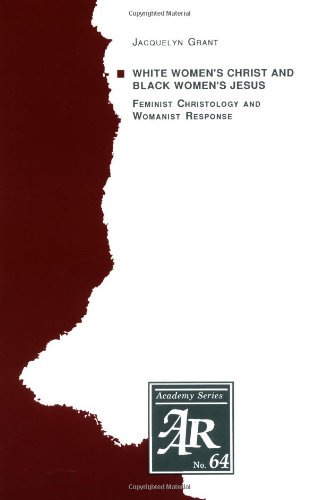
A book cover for White Women's Christ and Black Women's Jesus: Feminist Christology and Womanist Response (AAR Academy Series); Jacquelyn Grant; Religion & Spirituality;